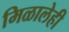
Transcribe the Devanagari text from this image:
मिळालेही